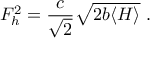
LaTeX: F _ { h } ^ { 2 } = \frac { c } { \sqrt { 2 } } \sqrt { 2 b \langle H \rangle } \ .